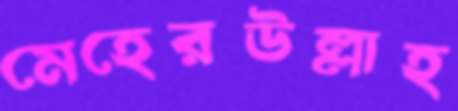
মেহেরউল্লাহ